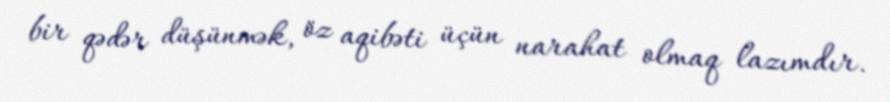
bir qədər düşünmək, öz aqibəti üçün narahat olmaq lazımdır.